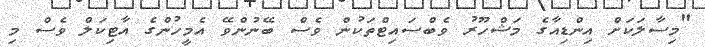
"މިސާލަކަށް އިންޑިއާގެ މަޝްހޫރު ވެބްސައިޓްތަކުން ވެސް ބޭނުންވޭ އެމީހުންގެ އާޓިކަލް ވެސް މި